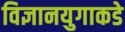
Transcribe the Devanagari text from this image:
विज्ञानयुगाकडे